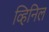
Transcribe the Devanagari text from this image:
व्हिनिल